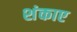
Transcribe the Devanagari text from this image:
शंकाए